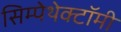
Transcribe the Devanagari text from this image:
सिम्पेथेक्टॉमी